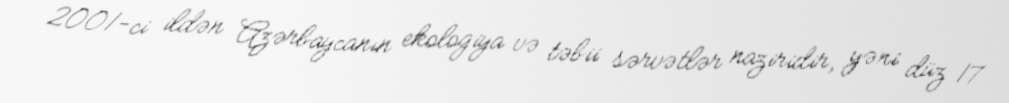
2001-ci ildən Azərbaycanın ekologiya və təbii sərvətlər naziridir, yəni düz 17